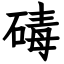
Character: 碡